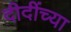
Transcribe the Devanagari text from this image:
दीदींच्या